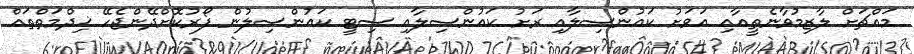
މައްޗަށް ލާޒިމުވާނެތީއާއި އަވަށު ކައުންސިލާއި ރަށު ކައުންސިލާއި ސިޓީ ކައުންސިލުން ފޯރުކޮށްދޭންޖެހޭ ޚިދްމަތްތައް